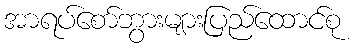
အာရပ်စော်ဘွားများပြည်ထောင်စု